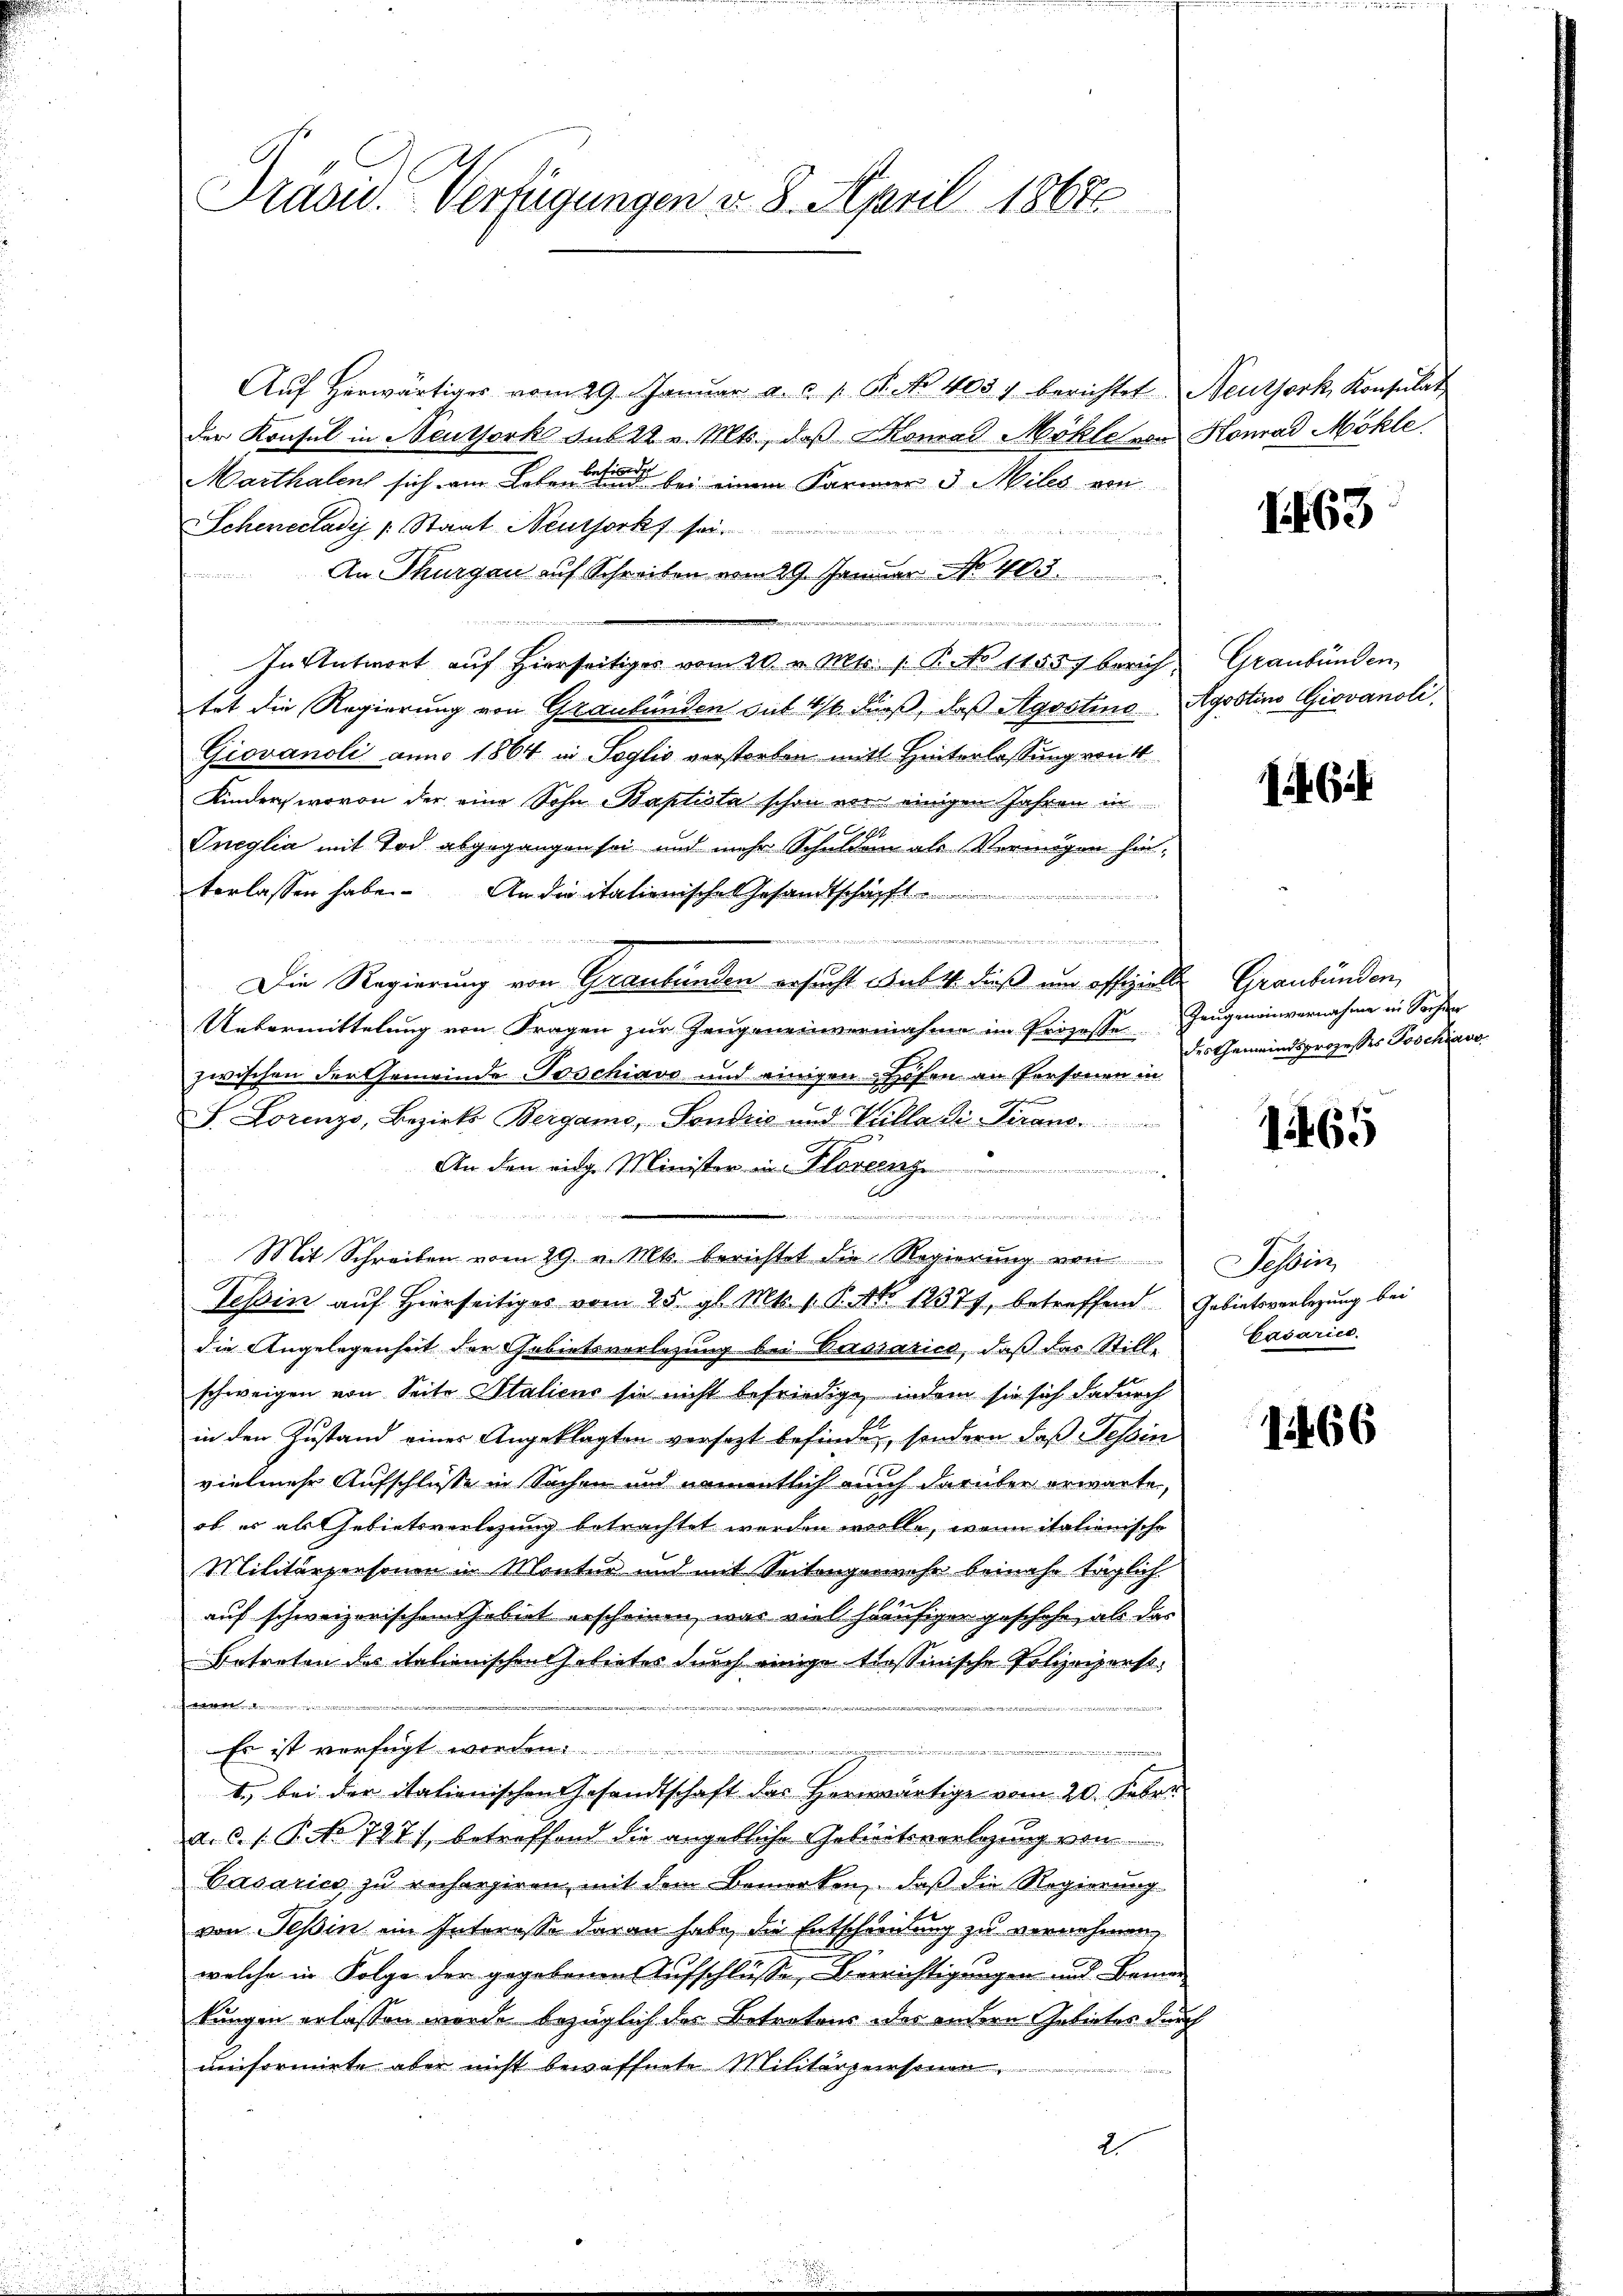
Präsid. Verfügungen v. 8. April 1861

Aŭf herwärtiges vom 29. Janŭar a. a. 1. N. N. 403 berichtet. Neuthork, Konsulat
der Konsul in Neuthork sub 22. v. Mts., daß Monat Möhle von Konrad Mökle
Marthalen sich am Leben einem Karner d. Miles von
Schenccladij (: Staat Neuthork sei.

An Thurgau auf Schreiben vom 29. Januar No. 403.
r in die er seine treten |
In Antwort aŭf hierseitiges vom 20. v. Mts. 1. B. No 1155) berich Graubünden,
tet die Regierung von Graubünden sub 1/6 Fuß, daß Agostino-Agostino Giovanoli
Giovanoli anno 1864 in Soglio vorstorben mit Hinterlassung von 4
Kinder, wovon der eine Sohn Baptista schon vor einigen Jahren in
21.
Ineglia mit Tod abgegangen sei und mehr Schulden als Vermögen hin-
terlassen habe. An die itationischen Gesandtschafft
weich verlesen die andersenderenden, war und wird und einestricht |
Die Regierung von Graubünden ersucht sub 4. dieß und offizielle Graubünden,
Uebermittelung von Fragen zur Zeugeneinvernahme im Prozesse Zeugeneinvernahme in Sachen
zwischen der Gemeinde Poschiavo und einigen Höfen an Personen in
F. Lorenzo, Bezirks Bergamo, Sonstris und Vulla di Pirano.
An den eige Minister in Florenz
Mit Schreiben vom 29. v. Mts. berichtet die Regierung von
Tessin auf hierseitiges vom 25. gl. Mts. 1. P. Nr. 12377, betreffend Gebietsverlegung bei
die Angelegenheit der Gebietsvorlegung bei Persrarica, daß das Stillschweigen von Seite Stalicus sie nicht befriedige, indem sie sich dadurch
in den Zustand eines Angeklagten versezt befinden, sondern daß Tessin
vielmehr Aufschlüsse in Sachen und namentlich auch darüber erwarte,
ob es als Gebietsverlegung betrachtet worden wolle, wenn italienische
Militärpersonen in Montur und mit Seitengermehr beinahe täglich
auf schweizerischen Gebiet erscheinen, was viel häufiger geschehe, als das
Betreten des italienischen Gelieber durch einige tessinische Polizeipenstt
Es ist verfügt werden.
2
n
t. bei der itationischen Gesandtschaft der Herwärtige vom 20. Febr.
a.c. s. B. No 727), betreffend die angebliche Gebreitsverlegung von
Casaries zu rechargiren, mit dem Bemerken, daß die Regierung
von Tessin ein Interesse daran habe, die Entscheinung zu vernehmen,
welche in Folge der gegebenen Aufschlüsse, Verrichtigungen und Banne
kungen erlassen werde bezüglich des Betretens des andern Gebietes durch
unformirte aber nicht bewaffnete Militärzeinsame
2

namen une mir in den

1163

1 f. 624.

des Gemeindsprozesses Poschiavo,

165

Sehbeis
Gašarict.

11466